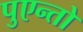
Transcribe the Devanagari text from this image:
पुएन्तो